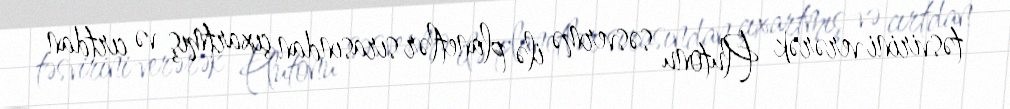
təsvirini verərək Plutonu səsvermə ilə planetlər sırasından çıxartmış və cırtdan